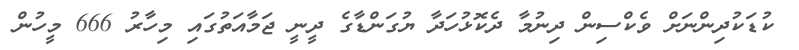
ކުޑަކުދިންނަށް ވެކްސިން ދިނުމާ ދެކޮޅުހަދާ ޔުގަންޑާގެ ދީނީ ޖަމާއަތުގައި މިހާރު 666 މީހުން